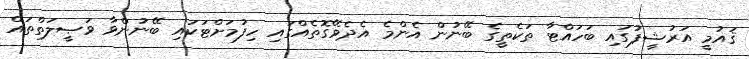
ޤައުމީ އަރުޝީފުގައި ބަހައްޓާ ތަކެތީގެ ބޭނުން އެންމެ އެދެވޭގޮތެއްގައި ހިފުމަށްޓަކައި ބޭނުންވާ ވަޞީލަތްތައް